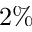
2 \%